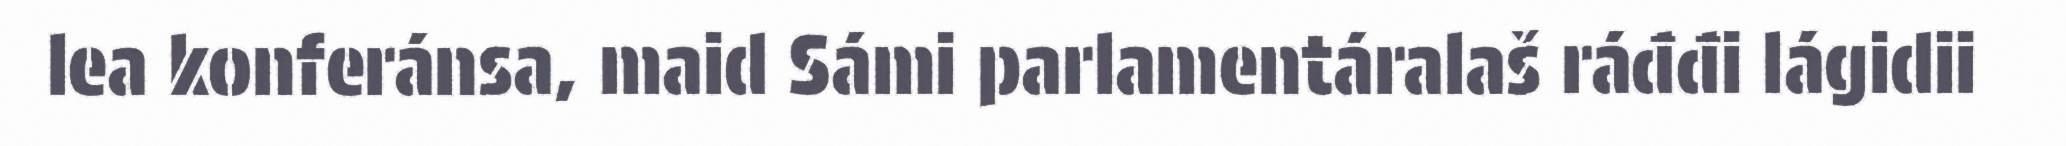
lea konferánsa, maid Sámi parlamentáralaš ráđđi lágidii